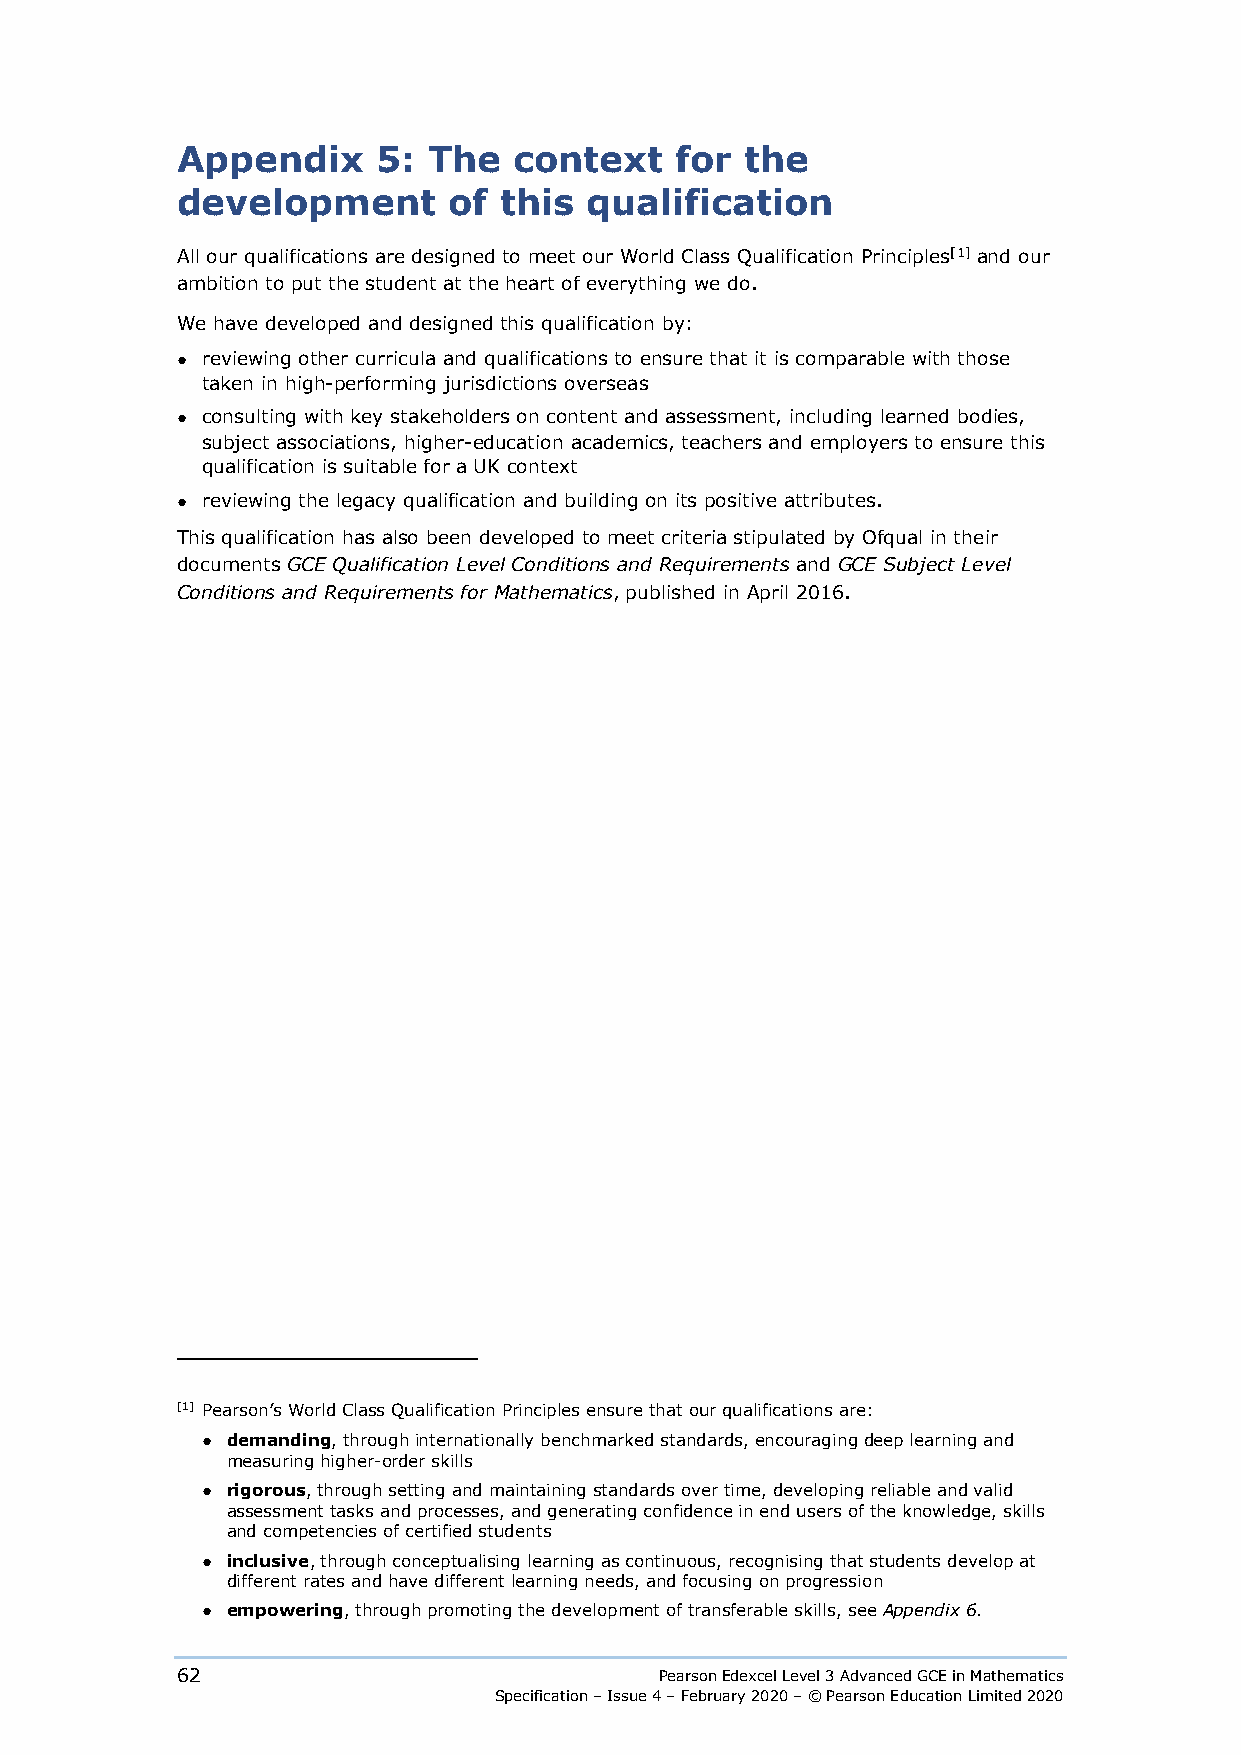
Appendix     5: The   context    for the
 development       of this  qualification
 All our qualifications are designed to meet our World Class Qualification Principles[1] and our
 ambition to put the student at the heart of everything we do.
 We have developed and designed this qualification by:
 ● reviewing other curricula and qualifications to ensure that it is comparable with those
 taken in high-performing jurisdictions overseas
 ● consulting with key stakeholders on content and assessment, including learned bodies,
 subject associations, higher-education academics, teachers and employers to ensure this
 qualification is suitable for a UK context
 ● reviewing the legacy qualification and building on its positive attributes.
 This qualification has also been developed to meet criteria stipulated by Ofqual in their
 documents GCE Qualification Level Conditions and Requirements and GCE Subject Level
 Conditions and Requirements for Mathematics, published in April 2016.
 [1] Pearson’s World Class Qualification Principles ensure that our qualifications are:
 ● demanding, through internationally benchmarked standards, encouraging deep learning and
 measuring higher-order skills
 ● rigorous, through setting and maintaining standards over time, developing reliable and valid
 assessment tasks and processes, and generating confidence in end users of the knowledge, skills
 and competencies of certified students
 ● inclusive, through conceptualising learning as continuous, recognising that students develop at
 different rates and have different learning needs, and focusing on progression
 ● empowering, through promoting the development of transferable skills, see Appendix 6.
 62                              Pearson Edexcel Level 3 Advanced GCE in Mathematics
 Specification – Issue 4 – February 2020 – © Pearson Education Limited 2020